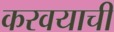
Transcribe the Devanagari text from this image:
करवयाची